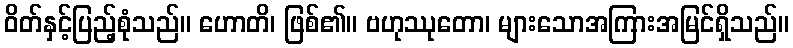
ဝိတ်နှင့်ပြည့်စုံသည်။ ဟောတိ၊ ဖြစ်၏။ ဗဟုဿုတော၊ များသောအကြားအမြင်ရှိသည်။